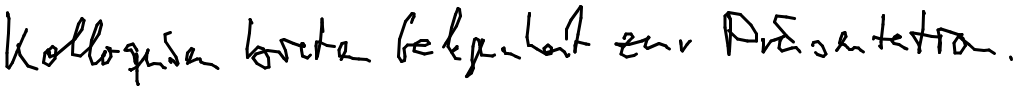
Kolloquien bieten Gelegenheit zur Präsentation.